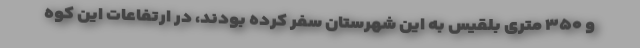
و ۳۵۰ متری بلقیس به این شهرستان سفر کرده ‌بودند، در ارتفاعات این کوه